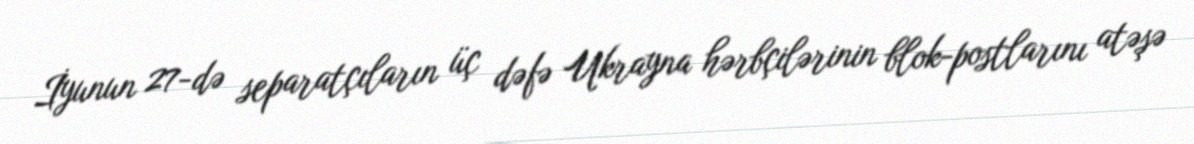
İyunun 27-də separatçıların üç dəfə Ukrayna hərbçilərinin blok-postlarını atəşə